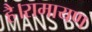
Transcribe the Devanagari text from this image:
है।रामायण